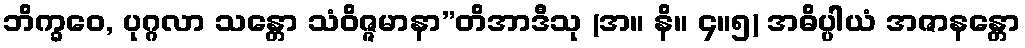
ဘိက္ခဝေ, ပုဂ္ဂလာ သန္တော သံဝိဇ္ဇမာနာ”တိအာဒီသု (အ။ နိ။ ၄။၅) အဓိပ္ပါယံ အဇာနန္တော